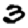
Digit: 3